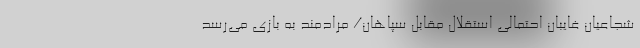
شجاعیان غایبان احتمالی استقلال مقابل سپاهان/ مرادمند به بازی می‌رسد